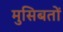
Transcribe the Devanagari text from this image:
मुसिबतों